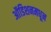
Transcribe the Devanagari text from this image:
ऑडिशनमधून